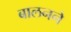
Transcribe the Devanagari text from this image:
बालनने